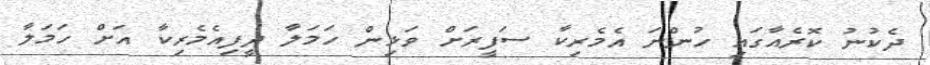
ދެކުނު ކޮރެއާގައި ހުންނަ އެމެރިކާ ސަފީރަށް ވަޅިން ހަމަލާ ދީފިއެމެރިކާ އަށް ހަމަލާ